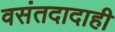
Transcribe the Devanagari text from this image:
वसंतदादाही